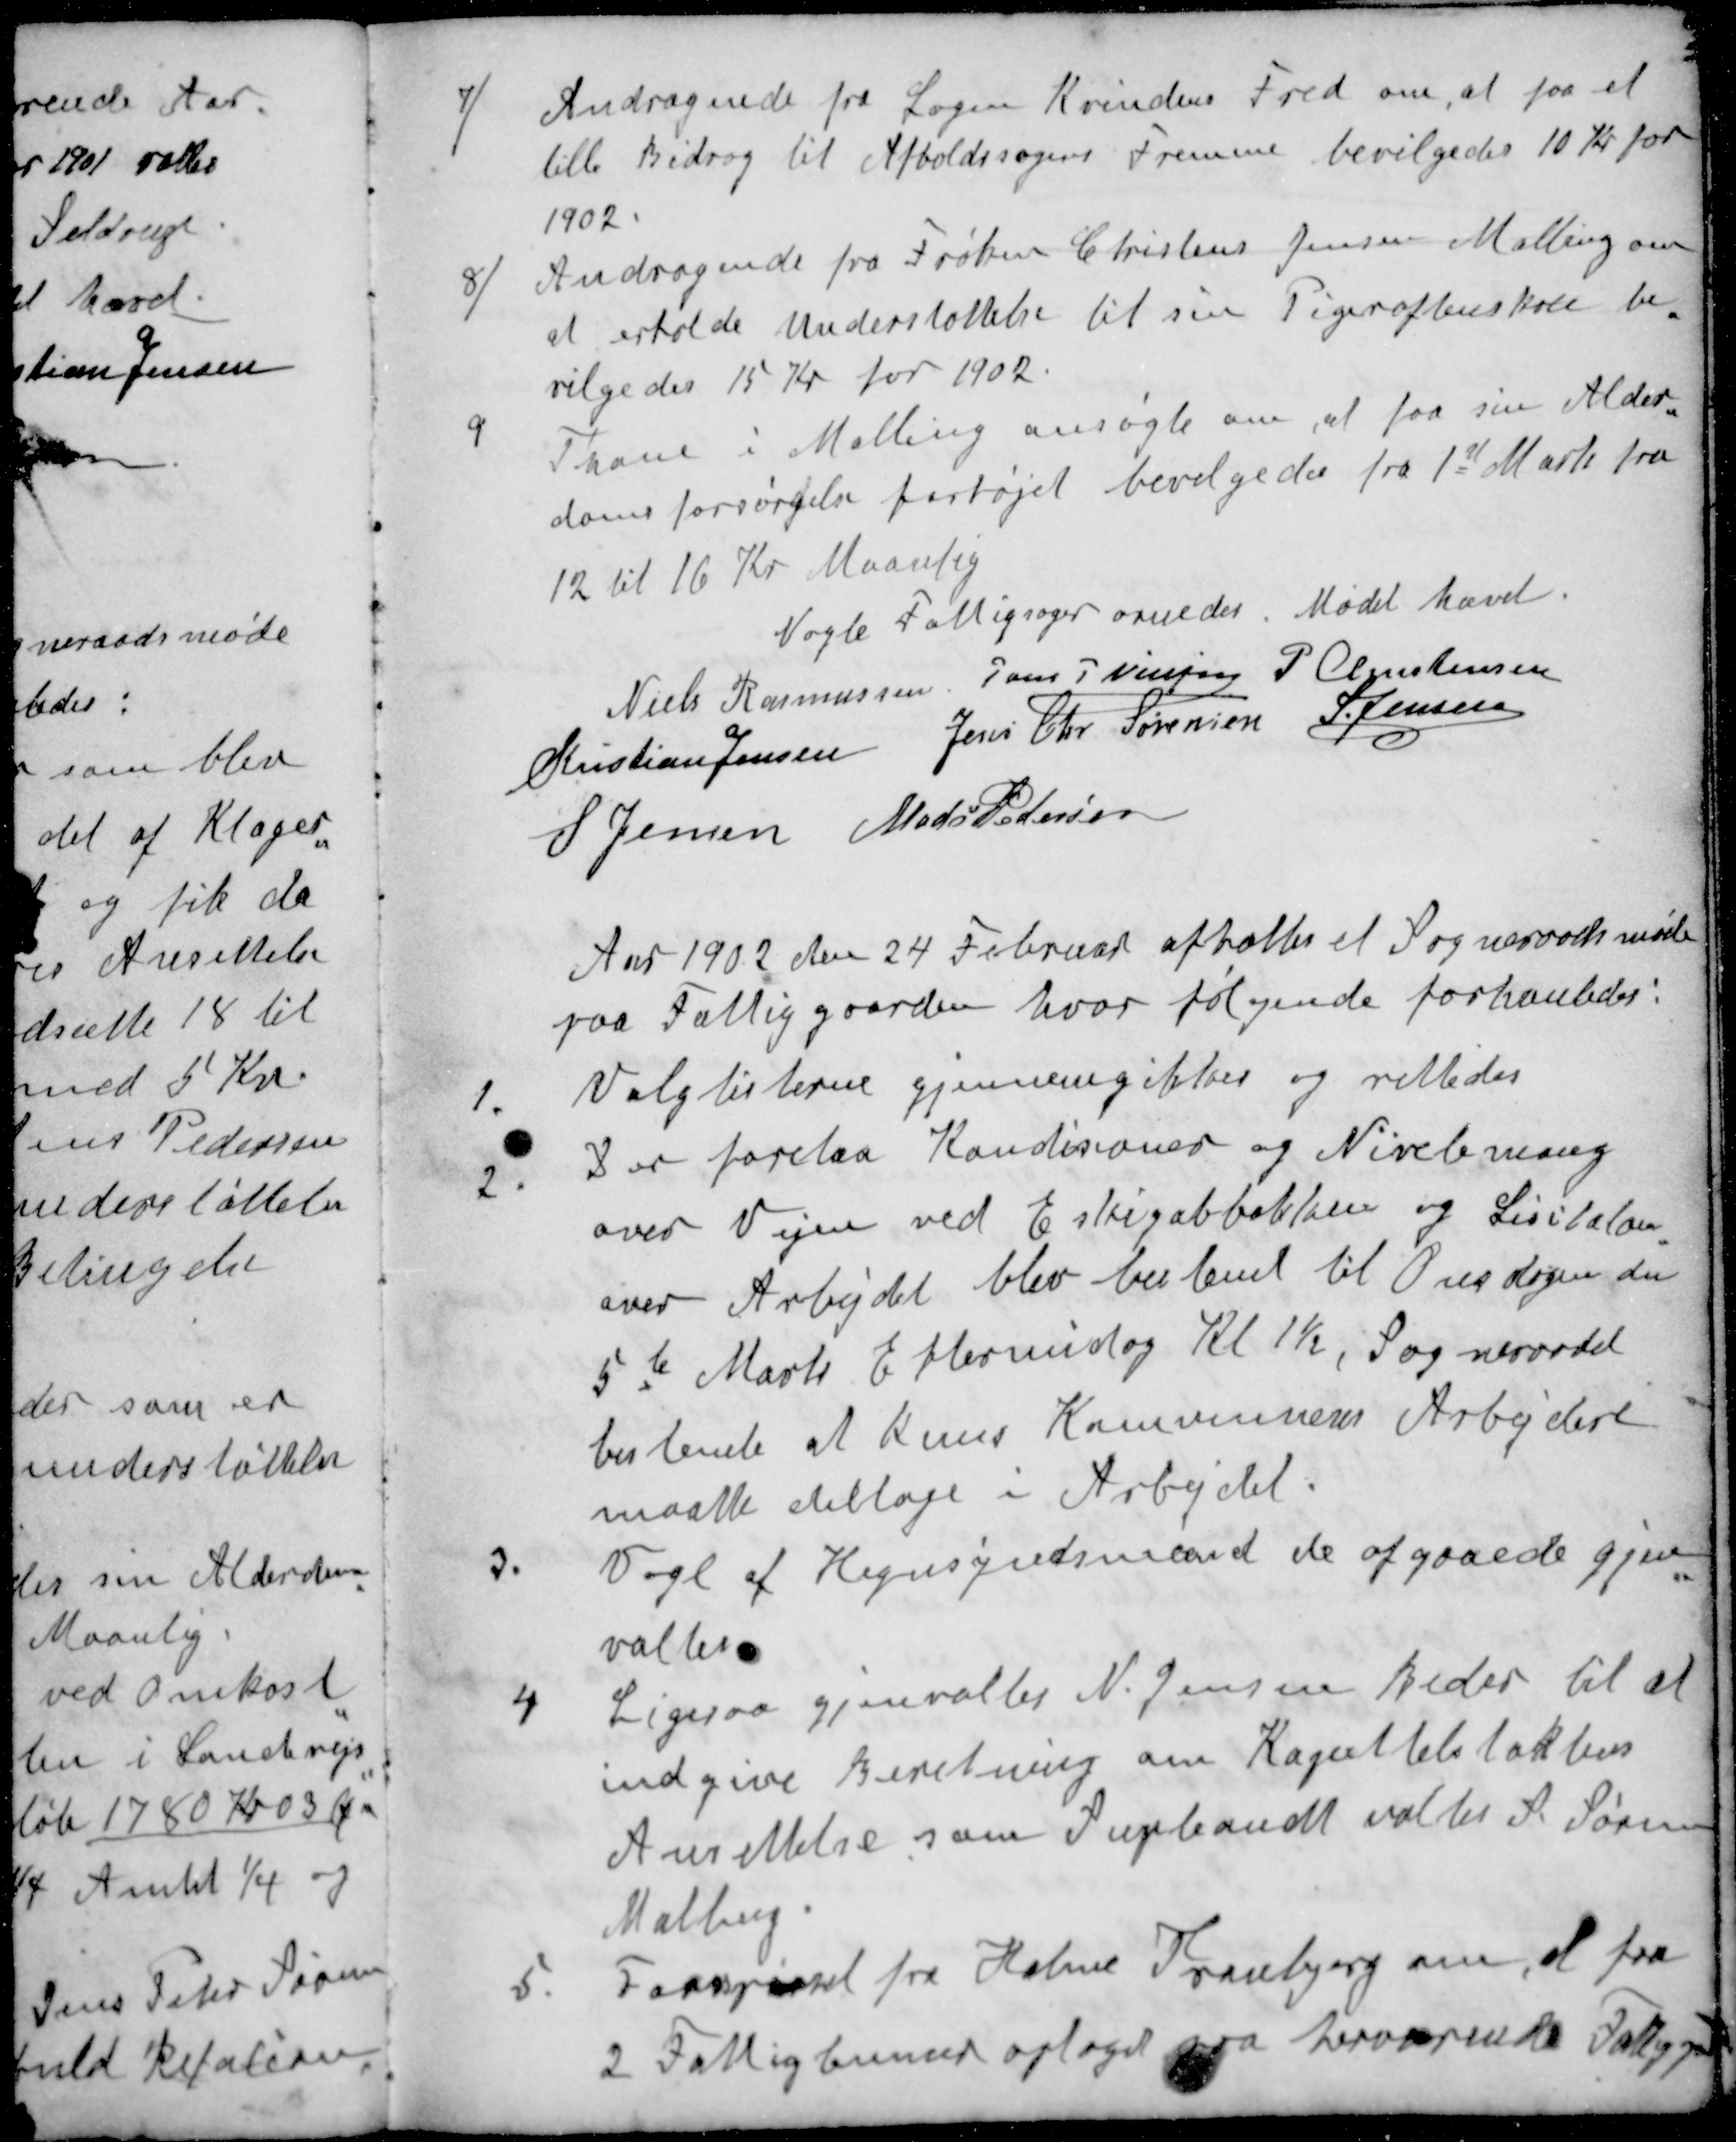
Transskription:
7 / Andragende fra Sagen Kvindens Fred om, at faa et
lille Bidrag til Afholdssagens fremme bevilgedes 10 Kr for
1902.
8 / Andragende fra Frøken Christine Jensen Malling om
at erholde Understøttelse til sin Pigeraftenskole be-
vilgedes 15 Kr for 1902.
9 Thane i Malling ansøgte om, at faa sin Alder-
doms forsørgelse forhøjet bevilgedes fra 1st Marts fra
12 til 16 Kr Maanlig
Nogle Fattigsager ornedes Mødet hævet.
Niels Rasmussen
Jens P Nielsen
P Christensen
Kristian Jensen
Jens Chr Sørensen
S Jensen
S Jensen
Mads Pedersen
Aar 1902 den 24 Februar afholtes et Sogneraadsmøde
paa Fattiggaarden, hvor følgende forhanledes:
1. Valglisterne gjennemgikkes og rettedes
2. Der forelaa Kondisoner og Nivelering
over Vejen ved Eskigabbakken og Lisitaton
over Arbejdet blev bestemt til Onsdagen den
5te Marts Eftermidag Kl 1½, Sogneraadet
bestemte at kuns Kommunens Arbejdere
maatte deltage i Arbejdet:
3. Vagl af Hegnsynsmænd de afgaaede gjen-
valtes
4 Ligesaa gjenvaltes N. Jensen Beder til at
indgive Beretning om Kapitteltaktens
Ansettelse som Supleandt valtes S. Sørensen
Malling.
5. Forespørsel fra Holme Tranebjerg om, at faa
2 Fattiglemmer oplaget paa herværende Fattiggaard